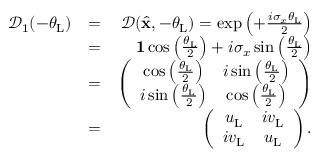
\begin{array} { r l r } { \mathcal { D } _ { 1 } ( - \theta _ { \mathrm { L } } ) } & { = } & { \mathcal { D } ( \hat { \bf x } , - \theta _ { \mathrm { L } } ) = \exp \left( + \frac { i \sigma _ { x } \theta _ { \mathrm { L } } } { 2 } \right) } \\ & { = } & { { \bf 1 } \cos \left( \frac { \theta _ { \mathrm { L } } } { 2 } \right) + i \sigma _ { x } \sin \left( \frac { \theta _ { \mathrm { L } } } { 2 } \right) } \\ & { = } & { \left( \begin{array} { c c } { \cos \left( \frac { \theta _ { \mathrm { L } } } { 2 } \right) } & { i \sin \left( \frac { \theta _ { \mathrm { L } } } { 2 } \right) } \\ { i \sin \left( \frac { \theta _ { \mathrm { L } } } { 2 } \right) } & { \cos \left( \frac { \theta _ { \mathrm { L } } } { 2 } \right) } \end{array} \right) } \\ & { = } & { \left( \begin{array} { c c } { u _ { \mathrm { L } } } & { i v _ { \mathrm { L } } } \\ { i v _ { \mathrm { L } } } & { u _ { \mathrm { L } } } \end{array} \right) . } \end{array}